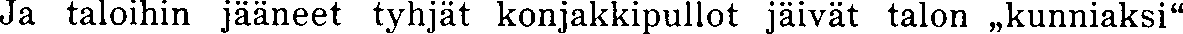
Ja taloihin jääneet tyhjät konjakkipullot jäivät talon ,,kunniaksi''